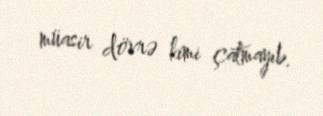
müasir dövrə kimi çatmayıb.